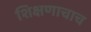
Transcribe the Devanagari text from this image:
शिक्षणाचाच